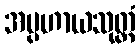
အပ္ပဟာယသုတ္တံ